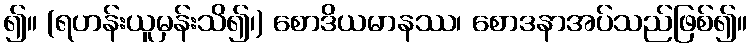
၍။ (ရဟန်းယူမှန်းသိ၍၊) စောဒိယမာနဿ၊ စောဒနာအပ်သည်ဖြစ်၍။